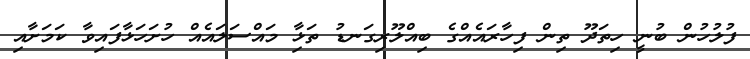
ފުލުހުން ބުނީ ހިތަދޫ ތިން ފިހާރައެއްގެ ބިއްލޫރިގަނޑު ތަޅާި މައްސަލައެއް ހުށަހަޅާފައިވާ ކަމަށާއި